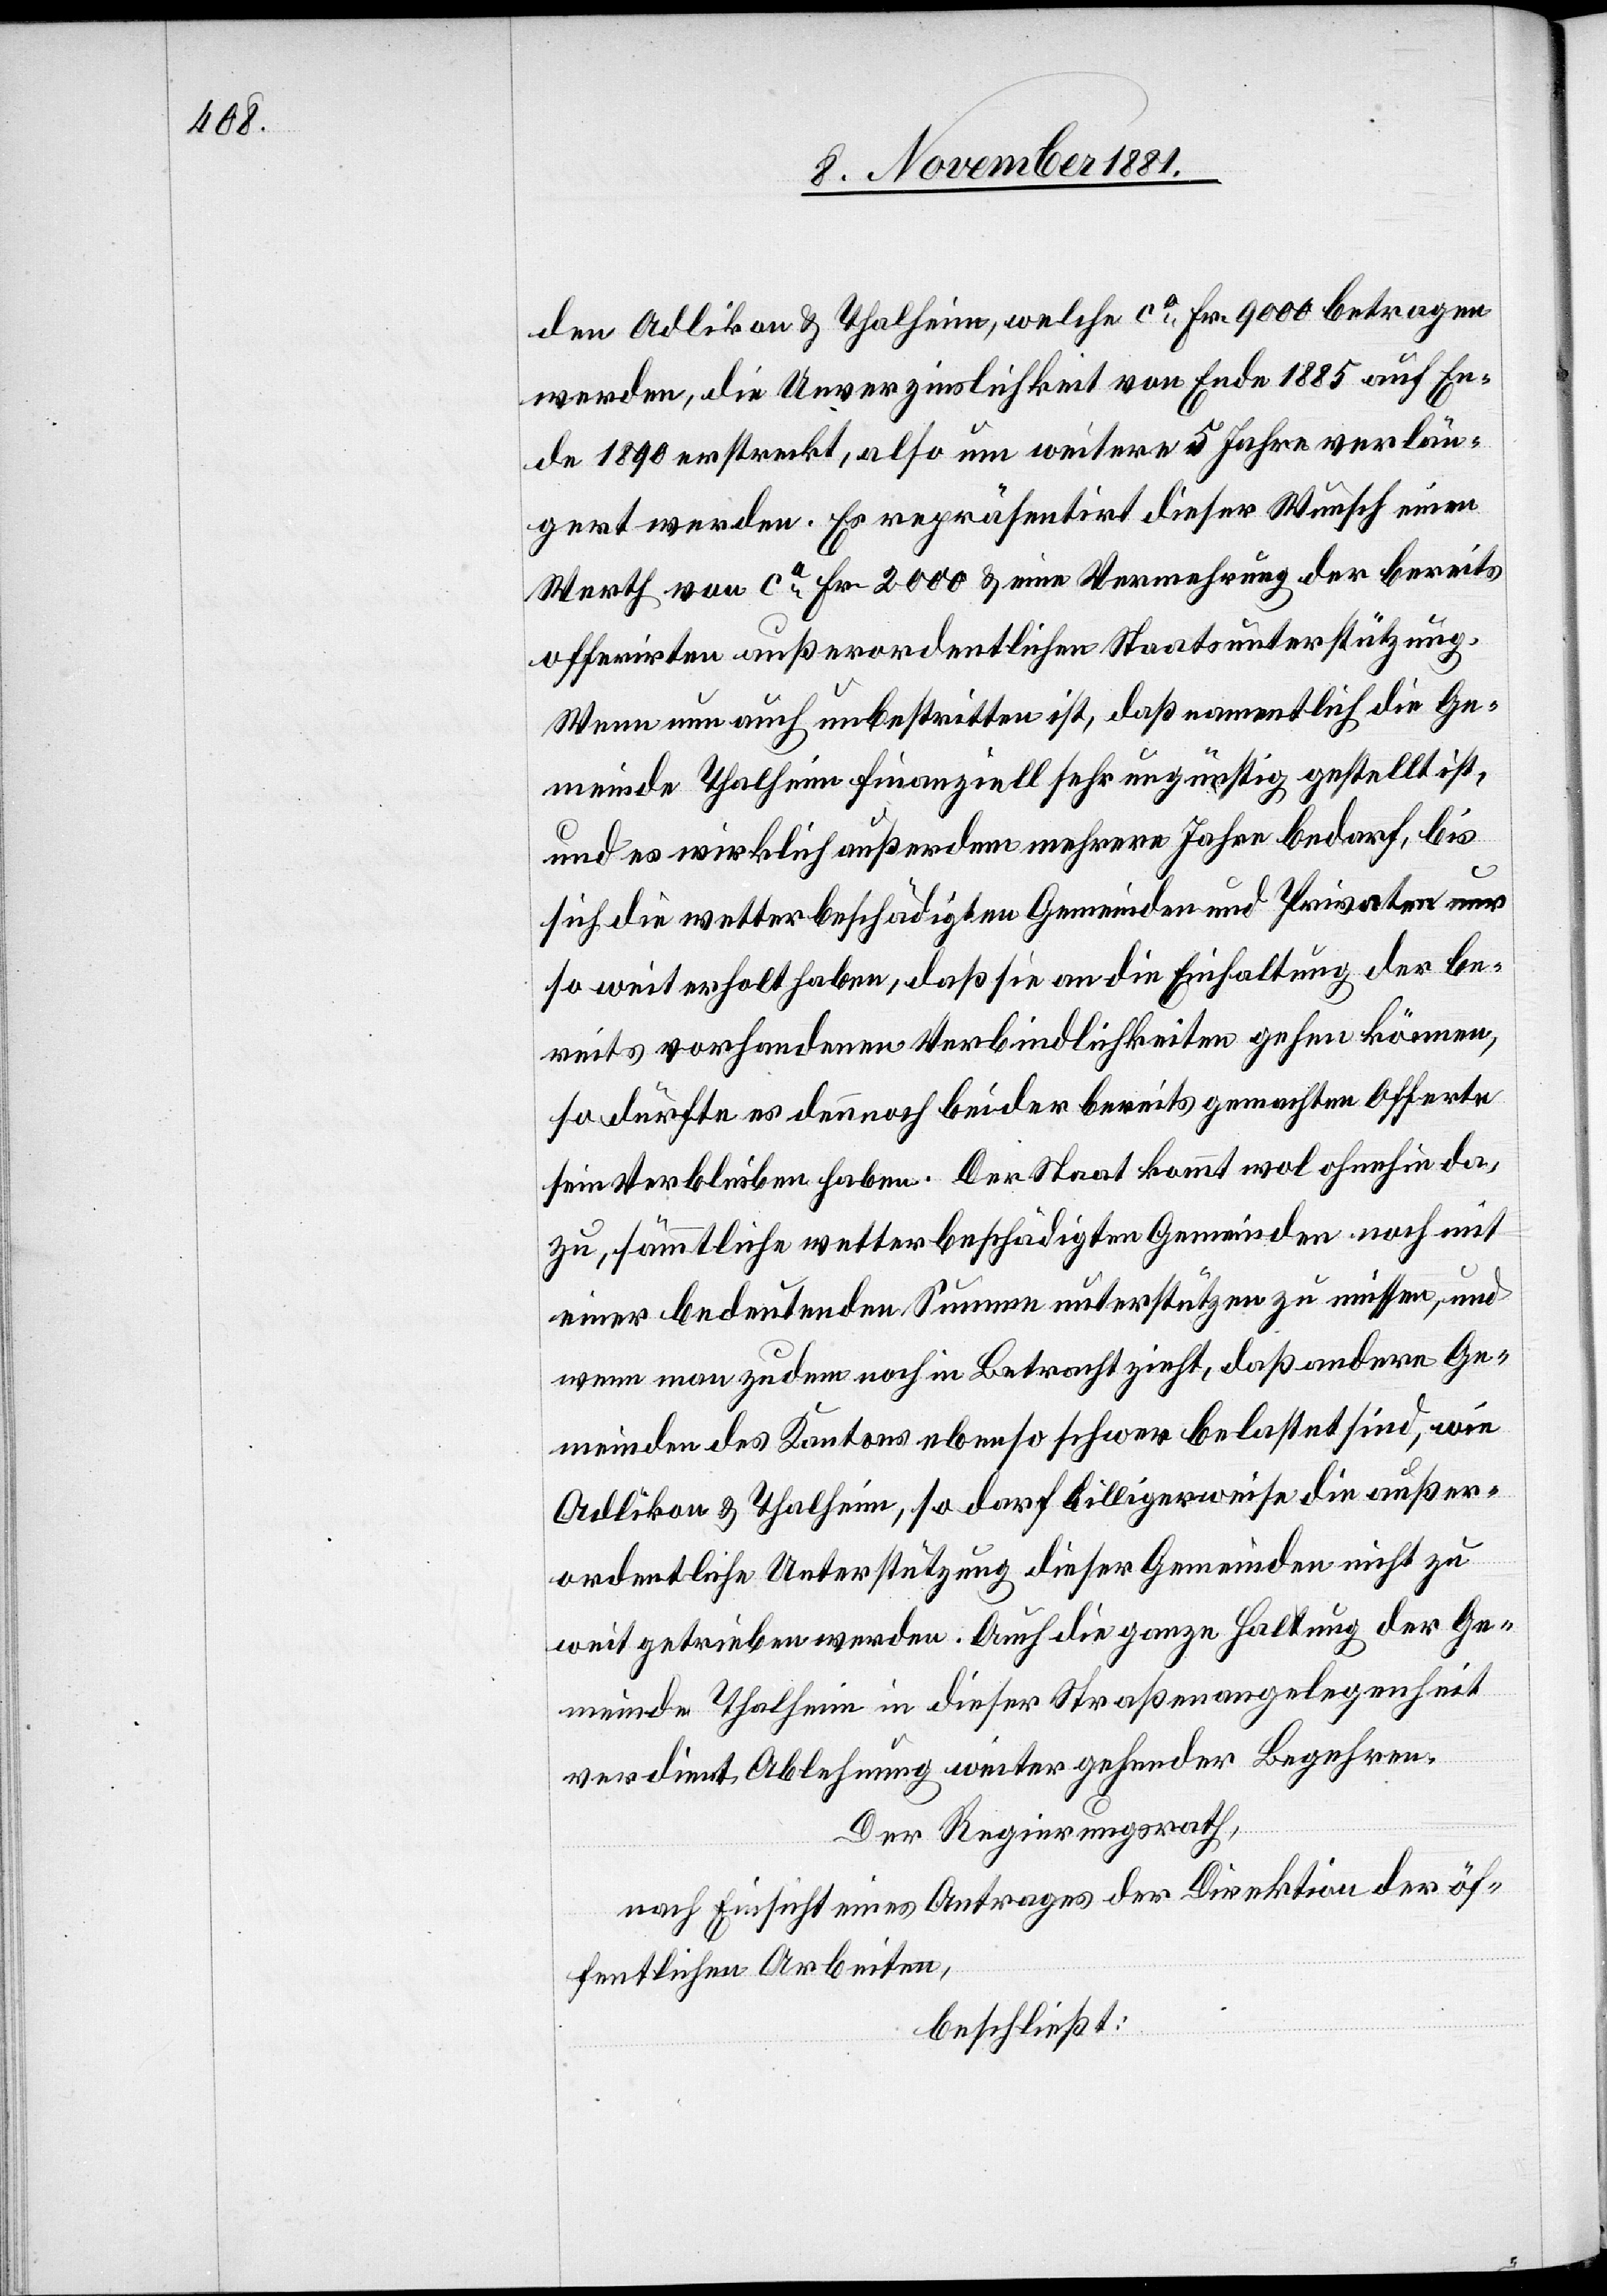
den Adlikon & Thalheim, welche ca Fr. 9000 betragen
werden, die Unverzinslichkeit von Ende 1885 auf En¬
de 1890 erstreckt, also um weitere 5 Jahre verlän¬
gert werden. Es repräsentirt dieser Wunsch einen
Werth von ca Fr. 2000 & eine Vermehrung der bereits
offerirten außerordentlichen Staatsunterstützung.
Wenn nun auch unbestritten ist, daß namentlich die Ge¬
meinde Thalheim finanziell sehr ungünstig gestellt ist,
und es wirklich außerdem mehrere Jahre bedarf, bis
sich die wetterbeschädigten Gemeinden und Privaten nur
so weit erholt haben, daß sie an die Einhaltung der be¬
reits vorhandenen Verbindlichkeiten gehen können,
so dürfte es dennoch bei der bereits gemachten Offerte
sein Verbleiben haben. Der Staat kommt wol ohnehin da¬
zu, sämmtliche wetterbeschädigten Gemeinden noch mit
einer bedeutenden Summe unterstützen zu müssen, und
wenn man zudem noch in Betracht zieht, daß andere Ge¬
meinden des Kantons ebenso schwer belastet sind, wie
Adlikon & Thalheim, so darf billigerweise die außer¬
ordentliche Unterstützung dieser Gemeinden nicht zu
weit getrieben werden. Auch die ganze Haltung der Ge¬
meinde Thalheim in dieser Straßenangelegenheit
verdient Ablehnung weiter gehender Begehren.
Der Regierungsrath,
nach Einsicht eines Antrages der Direktion der öf¬
fentlichen Arbeiten,
beschließt: